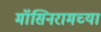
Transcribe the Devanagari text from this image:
मॉसिनरामच्या